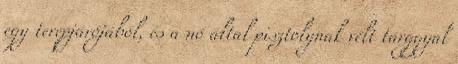
egy terepjárójából, és a nő által pisztolynak vélt tárggyal